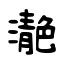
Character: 濪